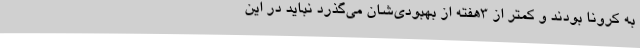
به کرونا بودند و کمتر از 3هفته از بهبودی‌شان می‌گذرد نباید در این